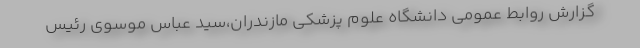
گزارش روابط عمومی دانشگاه علوم پزشکی مازندران،سید عباس موسوی رئیس